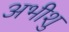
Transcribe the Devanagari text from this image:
अभीशु